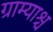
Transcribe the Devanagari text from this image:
ग्राम्याश्च